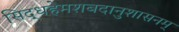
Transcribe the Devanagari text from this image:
सिद्धहेमशबदानुशासनम्